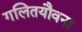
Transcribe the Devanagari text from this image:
गलितयौवना